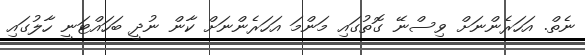
ނެތް. އަހަރެންނަށް ވިސްނޭ ގޮތުގައި މަންމަ އަހަރެންނަށް ކާން ނުދީ ބަހައްޓަނީ ހާލުގައި